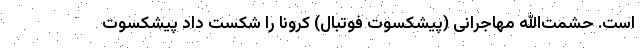
است. حشمت‌الله مهاجرانی (پیشکسوت فوتبال) کرونا را شکست داد پیشکسوت